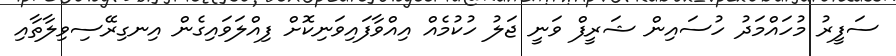
ސަފީރު މުހައްމަދު ހުސައިން ޝަރީފް ވަނީ ޖަލު ހުކުމެއް އިއްވާފައިވަނިކޮށް ފިއްލަވައިގެން އިނގިރޭސިވިލާތާއި